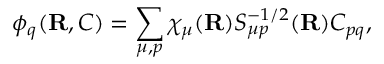
\phi _ { q } ( { \mathbf { R } } , C ) = \sum _ { \mu , p } \chi _ { \mu } ( { \mathbf { R } } ) S _ { \mu p } ^ { - 1 / 2 } ( { \mathbf { R } } ) C _ { p q } ,